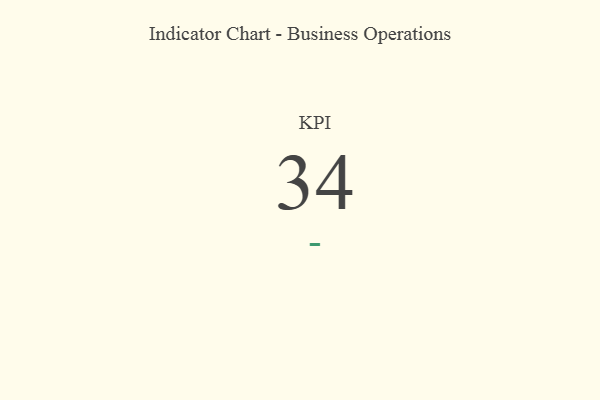
{"axis": {"x": "KPI", "y": "Value"}, "legend": [""], "data": [{"x": "KPI", "y": 34, "type": ""}]}